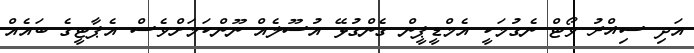
އަދި ސިއްރު ވޯޓް ނެގުމަކީ އެމްޑީޕީން ގެންގުޅޭ އުސޫލެއް ނޫންކަމަށްވެސް އެޕާޓީގެ ބައެއް